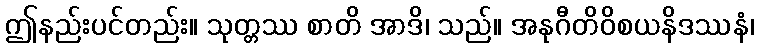
ဤနည်းပင်တည်း။ သုတ္တဿ စာတိ အာဒိ၊ သည်။ အနုဂီတိဝိစယနိဒဿနံ၊